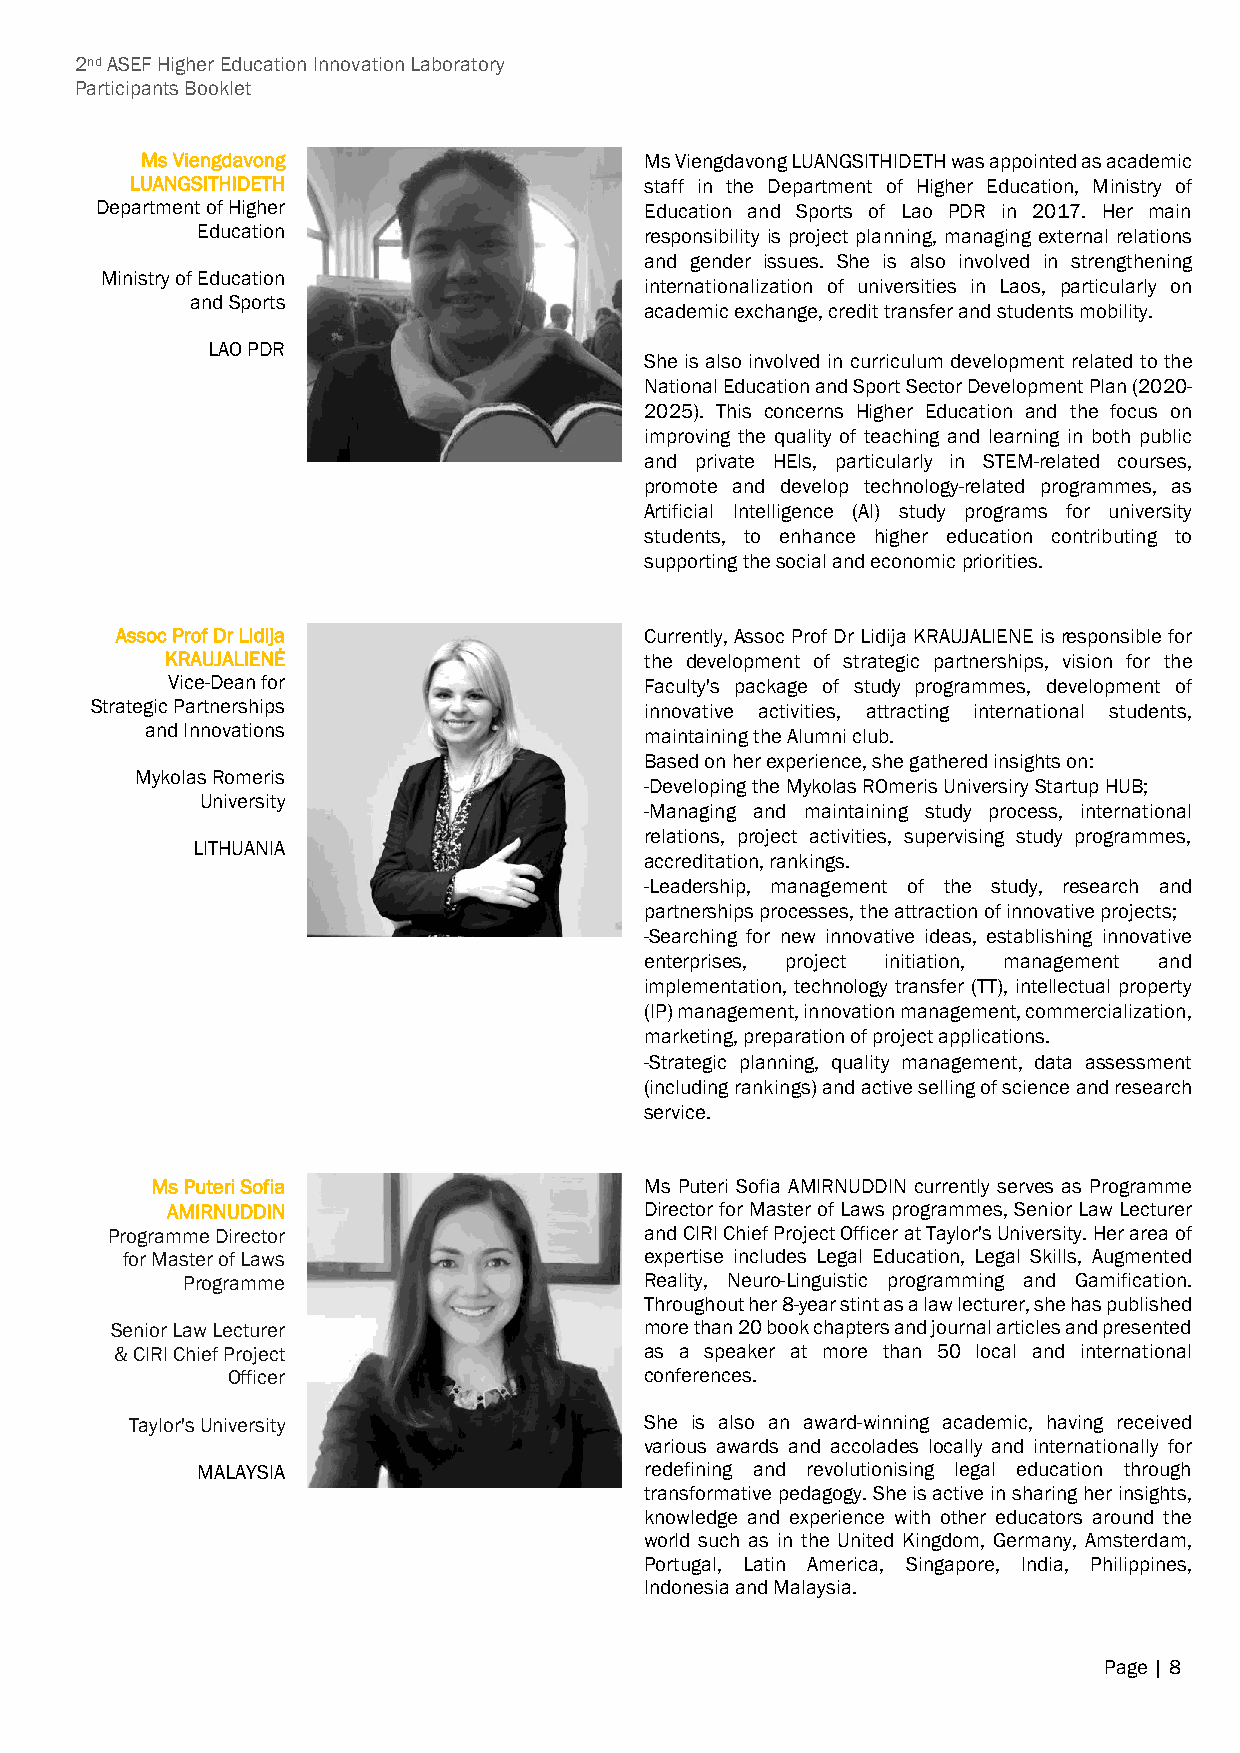
2nd ASEF Higher Education Innovation Laboratory
 Participants Booklet
 Ms Viengdavong                    Ms Viengdavong LUANGSITHIDETH was appointed as academic
 LUANGSITHIDETH                    staff in the Department of Higher Education, Ministry of
 Department of Higher                 Education and Sports of Lao PDR in 2017. Her main
 Education                     responsibility is project planning, managing external relations
 and gender issues. She is also involved in strengthening
 Ministry of Education
 internationalization of universities in Laos, particularly on
 and Sports
 academic exchange, credit transfer and students mobility.
 LAO PDR
 She is also involved in curriculum development related to the
 National Education and Sport Sector Development Plan (2020-
 2025). This concerns Higher Education and the focus on
 improving the quality of teaching and learning in both public
 and private HEIs, particularly in STEM-related courses,
 promote and develop technology-related programmes, as
 Artificial Intelligence (AI) study programs for university
 students, to enhance higher education contributing to
 supporting the social and economic priorities.
 Assoc Prof Dr Lidija               Currently, Assoc Prof Dr Lidija KRAUJALIENE is responsible for
 KRAUJALIENĖ                     the development of strategic partnerships, vision for the
 Vice-Dean for                   Faculty's package of study programmes, development of
 Strategic Partnerships               innovative activities, attracting international students,
 and Innovations
 maintaining the Alumni club.
 Based on her experience, she gathered insights on:
 Mykolas Romeris
 -Developing the Mykolas ROmeris Universiry Startup HUB;
 University
 -Managing and maintaining study process, international
 relations, project activities, supervising study programmes,
 LITHUANIA
 accreditation, rankings.
 -Leadership, management of the study, research and
 partnerships processes, the attraction of innovative projects;
 -Searching for new innovative ideas, establishing innovative
 enterprises, project initiation, management and
 implementation, technology transfer (TT), intellectual property
 (IP) management, innovation management, commercialization,
 marketing, preparation of project applications.
 -Strategic planning, quality management, data assessment
 (including rankings) and active selling of science and research
 service.
 Ms Puteri Sofia                  Ms Puteri Sofia AMIRNUDDIN currently serves as Programme
 AMIRNUDDIN                      Director for Master of Laws programmes, Senior Law Lecturer
 Programme Director                  and CIRI Chief Project Officer at Taylor's University. Her area of
 for Master of Laws                 expertise includes Legal Education, Legal Skills, Augmented
 Programme                      Reality, Neuro-Linguistic programming and Gamification.
 Throughout her 8-year stint as a law lecturer, she has published
 Senior Law Lecturer                 more than 20 book chapters and journal articles and presented
 & CIRI Chief Project               as a speaker at more than 50 local and international
 Officer                     conferences.
 Taylor's University               She is also an award-winning academic, having received
 various awards and accolades locally and internationally for
 MALAYSIA                      redefining and revolutionising legal education through
 transformative pedagogy. She is active in sharing her insights,
 knowledge and experience with other educators around the
 world such as in the United Kingdom, Germany, Amsterdam,
 Portugal, Latin America, Singapore, India, Philippines,
 Indonesia and Malaysia.
 Page | 8